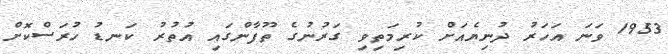
1953 ވަނަ އަހަރު ދުނިޔެއަށް ކުރިމަތިވި ގަރުނުގެ ތޫފާންގައި އުތުރު ކަނޑު ހުރަސްކޮށް